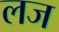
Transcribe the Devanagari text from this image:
लज